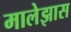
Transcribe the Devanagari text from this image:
मालेझास